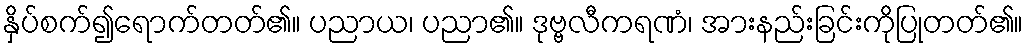
နှိပ်စက်၍ရောက်တတ်၏။ ပညာယ၊ ပညာ၏။ ဒုဗ္ဗလီကရဏံ၊ အားနည်းခြင်းကိုပြုတတ်၏။